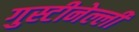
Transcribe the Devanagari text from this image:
गुस्टीनेल्ली